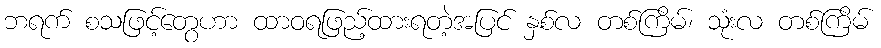
ဘရက် စသဖြင့်တွေဟာ ထာဝရဖြည့်ထားရတဲ့အပြင် နှစ်လ တစ်ကြိမ်၊ သုံးလ တစ်ကြိမ်